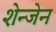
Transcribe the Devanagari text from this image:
शेन्जेन